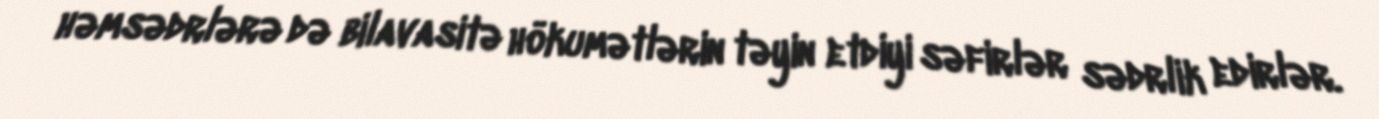
həmsədrlərə də bilavasitə hökumətlərin təyin etdiyi səfirlər sədrlik edirlər.